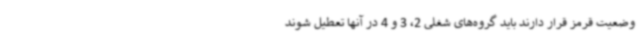
وضعیت قرمز قرار دارند باید گروه‌های شغلی 2، 3 و 4 در آنها تعطیل شوند